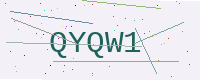
Text: QYQW1